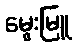
မွေးမြူ